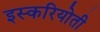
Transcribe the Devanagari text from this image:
इस्करियोती